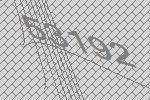
53192